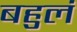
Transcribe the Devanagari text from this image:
बहुलं